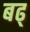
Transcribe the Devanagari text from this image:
बढ्